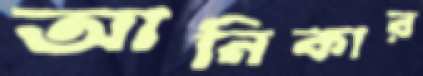
আনিকার